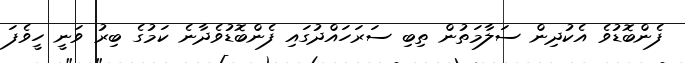
ފެންބޮޑުވެ އެކުދިން ސަލާމަތުން ތިބި ސަރަހައްދުގައި ފެންބޮޑުވެދާނެ ކަމުގެ ބިރު ވަނީ ހީވެފަ